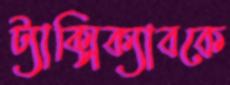
ট্যাক্সিক্যাবকে